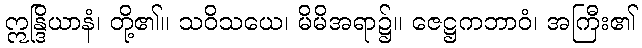
ဣန္ဒြိယာနံ၊ တို့၏။ သဝိသယေ၊ မိမိအရာ၌။ ဇေဋ္ဌကဘာဝံ၊ အကြီး၏